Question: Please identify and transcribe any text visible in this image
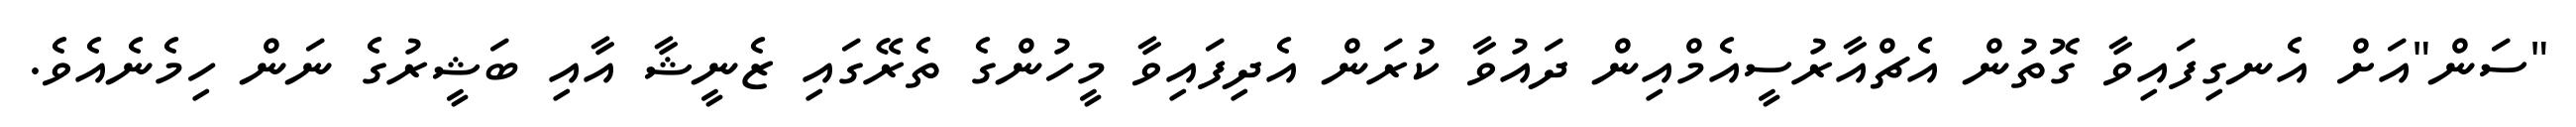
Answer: "ސަން"އަށް އެނގިފައިވާ ގޮތުން އެޗްއާރުސީއެމްއިން ދައުވާ ކުރަން އެދިފައިވާ މީހުންގެ ތެރޭގައި ޒެނީޝާ އާއި ބަޝީރުގެ ނަން ހިމެނެއެވެ.